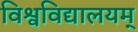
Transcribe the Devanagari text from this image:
विश्वविद्यालयम्‌